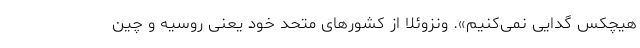
هیچکس گدایی نمی‌کنیم». ونزوئلا از کشورهای متحد خود یعنی روسیه و چین